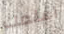
اعلمك